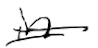
Text: in
Cross-out: double-line
Writing tool: digital_black